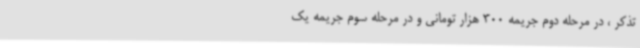
تذکر ، در مرحله دوم جریمه 300 هزار تومانی و در مرحله سوم جریمه یک